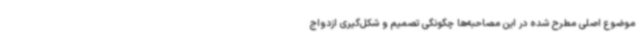
موضوع اصلی مطرح شده در این مصاحبه‌ها چگونگی تصمیم و شکل‌گیری ازدواج